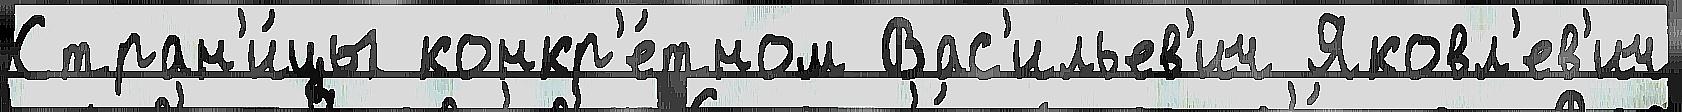
Стран'и́цы конкр'е́тном Вас'ильев'ич Яковл'ев'ич